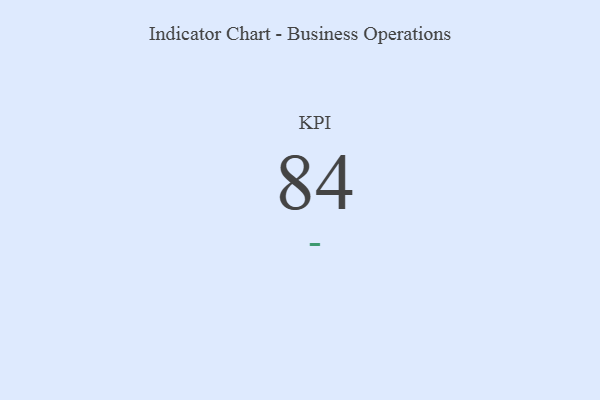
{"axis": {"x": "KPI", "y": "Value"}, "legend": [""], "data": [{"x": "KPI", "y": 84, "type": ""}]}